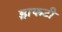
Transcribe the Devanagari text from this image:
ड्राफटी